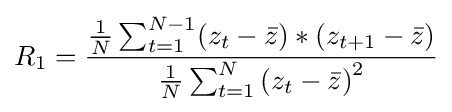
R_{1}={\frac {{\frac {1}{N}}\sum _{t=1}^{N-1}(z_{t}-{\bar {z}})*(z_{t+1}-{\bar {z}})}{{\frac {1}{N}}\sum _{t=1}^{N}{(z_{t}-{\bar {z}})}^{2}}}